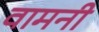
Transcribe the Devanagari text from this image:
वामनी